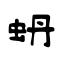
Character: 蚒